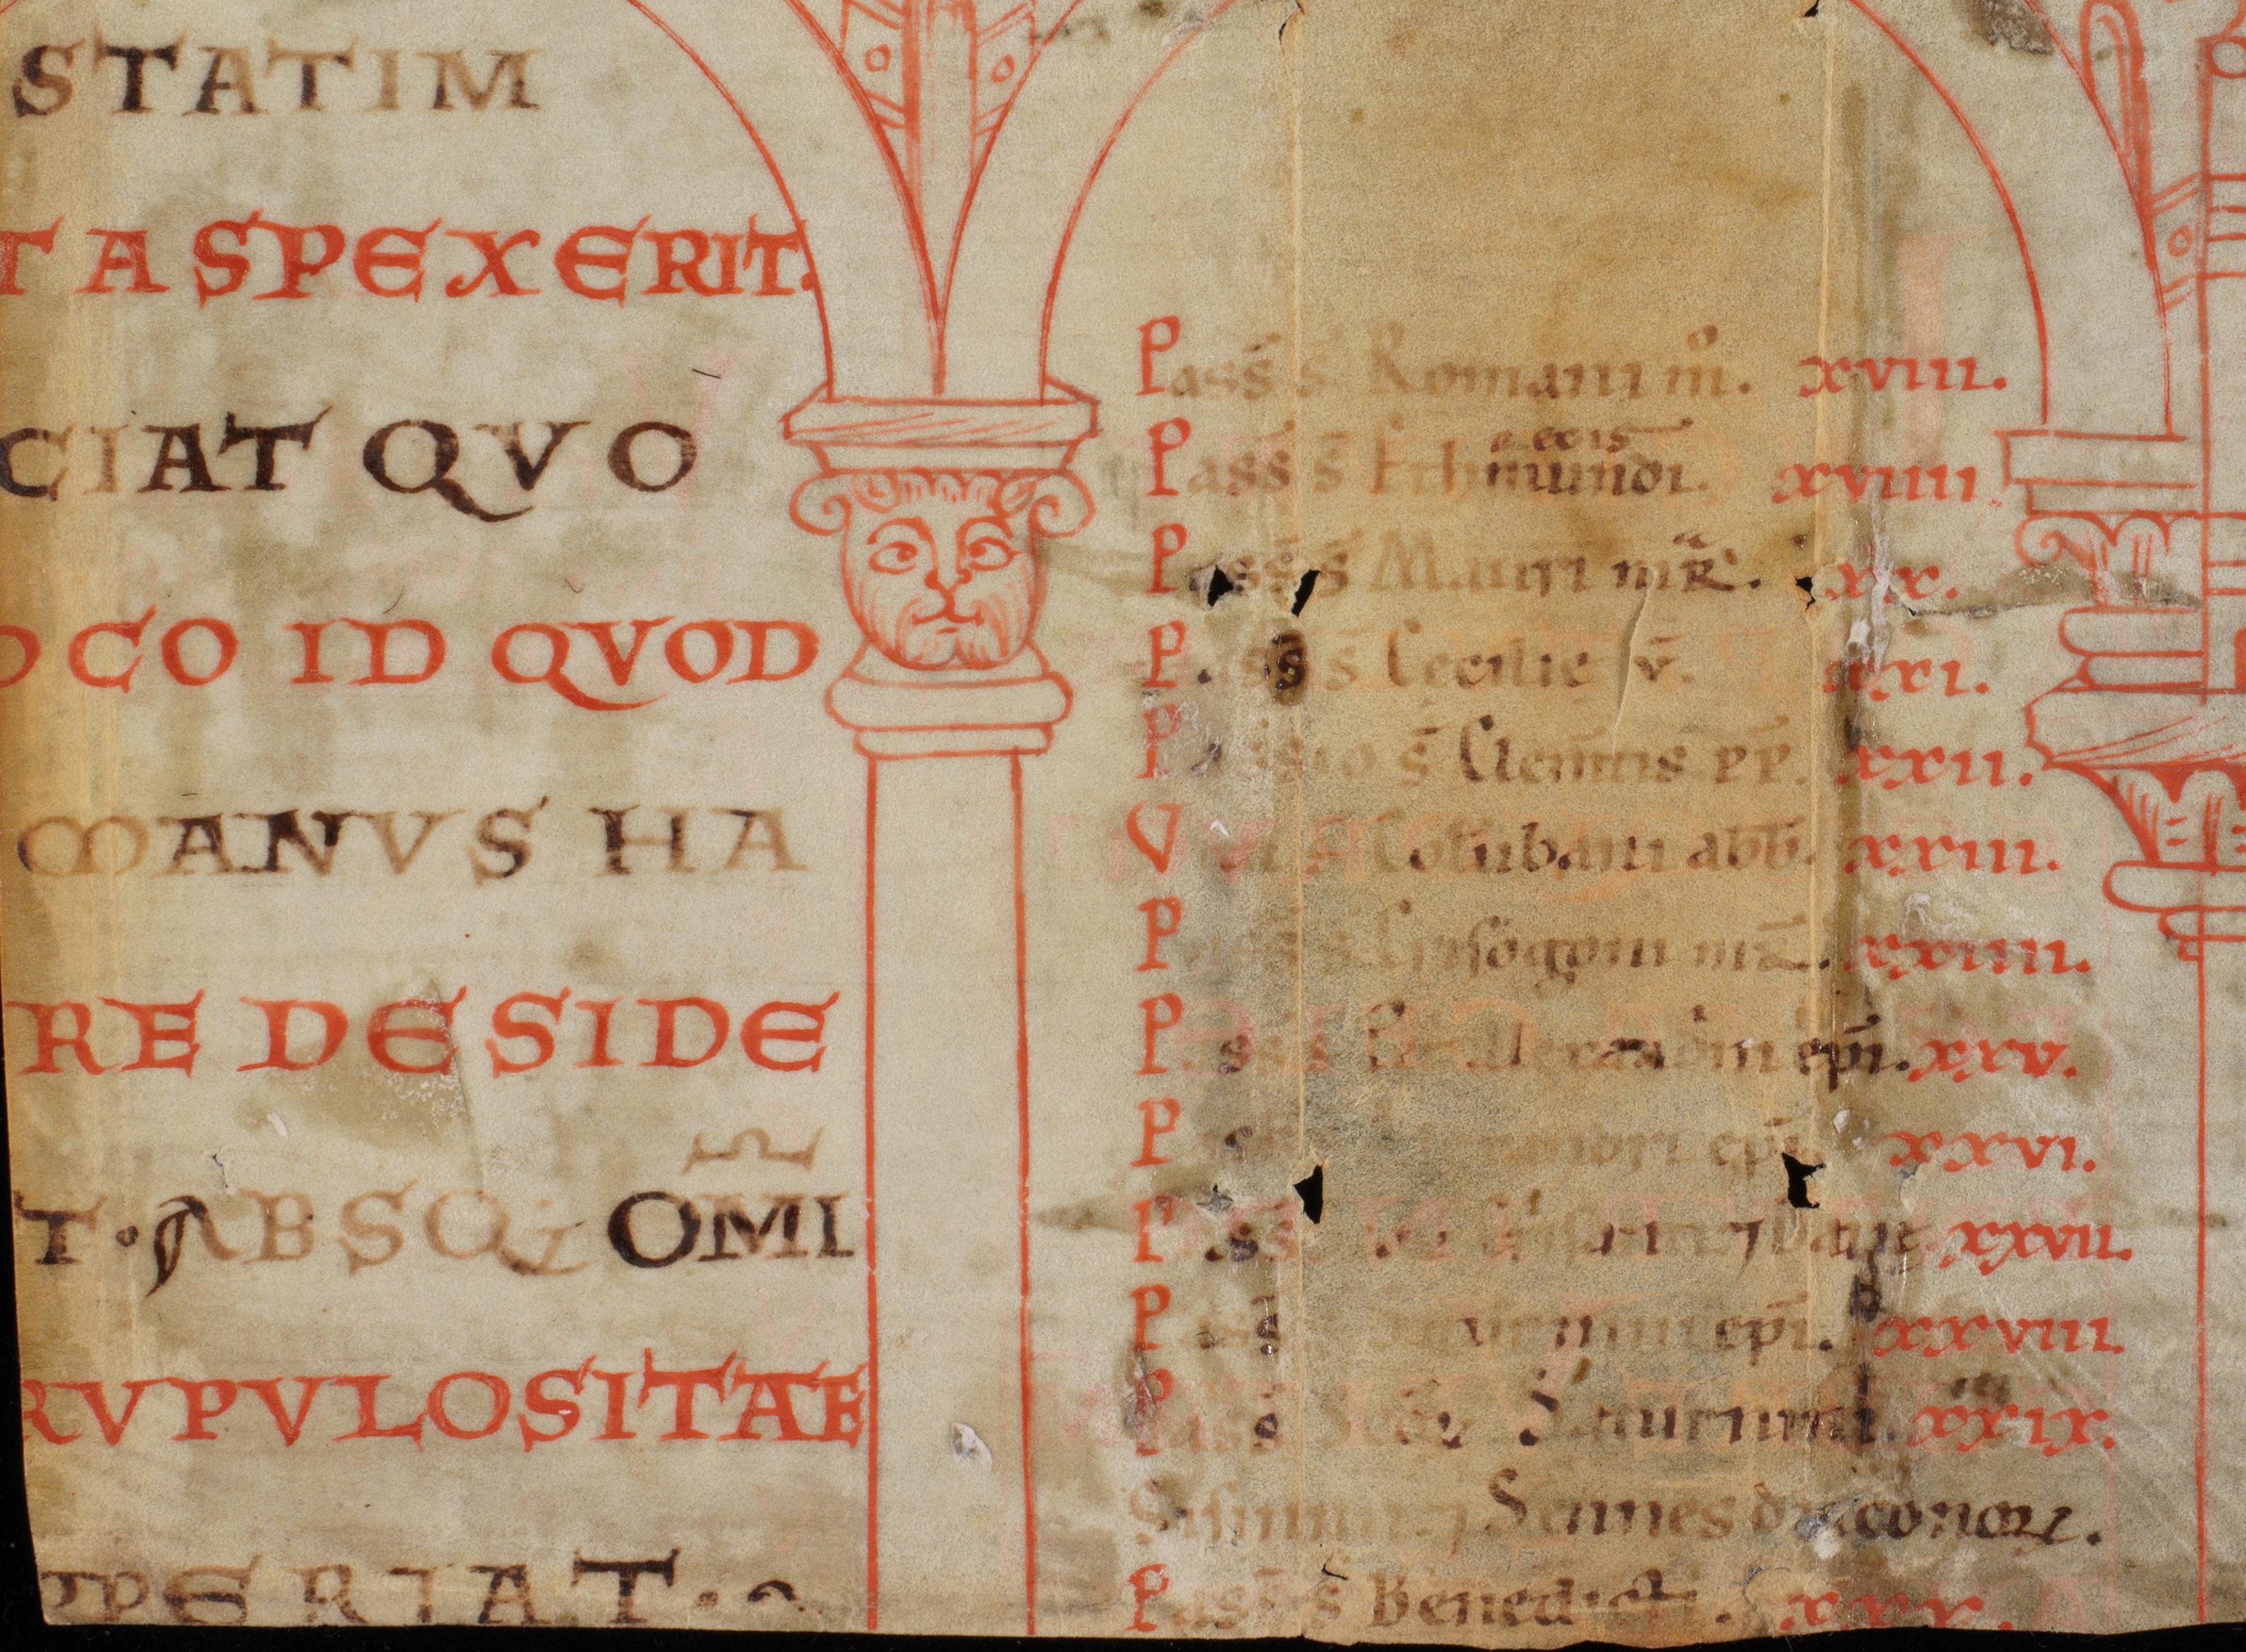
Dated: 1140–1170